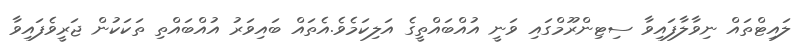
ލައިޓްތައް ނިވާލާފައިވާ ސިޓިންރޫމްގައި ވަނީ އުއްބައްތީގެ އަލިކަމެވެ.އެތައް ބައިވަރު އުއްބައްތި ތަކަކުން ޖަރީވެފައިވާ